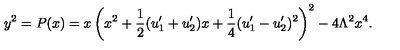
y ^ { 2 } = P ( x ) = x \left( x ^ { 2 } + \frac { 1 } { 2 } ( u _ { 1 } ^ { \prime } + u _ { 2 } ^ { \prime } ) x + \frac { 1 } { 4 } ( u _ { 1 } ^ { \prime } - u _ { 2 } ^ { \prime } ) ^ { 2 } \right) ^ { 2 } - 4 \Lambda ^ { 2 } x ^ { 4 } .